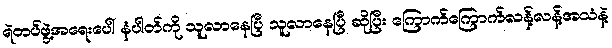
ရဲတပ်ဖွဲ့အရေးပေါ် နံပါတ်ကို သူလာနေပြီ သူလာနေပြီ ဆိုပြီး ကြောက်ကြောက်လန့်လန့်အသံနဲ့